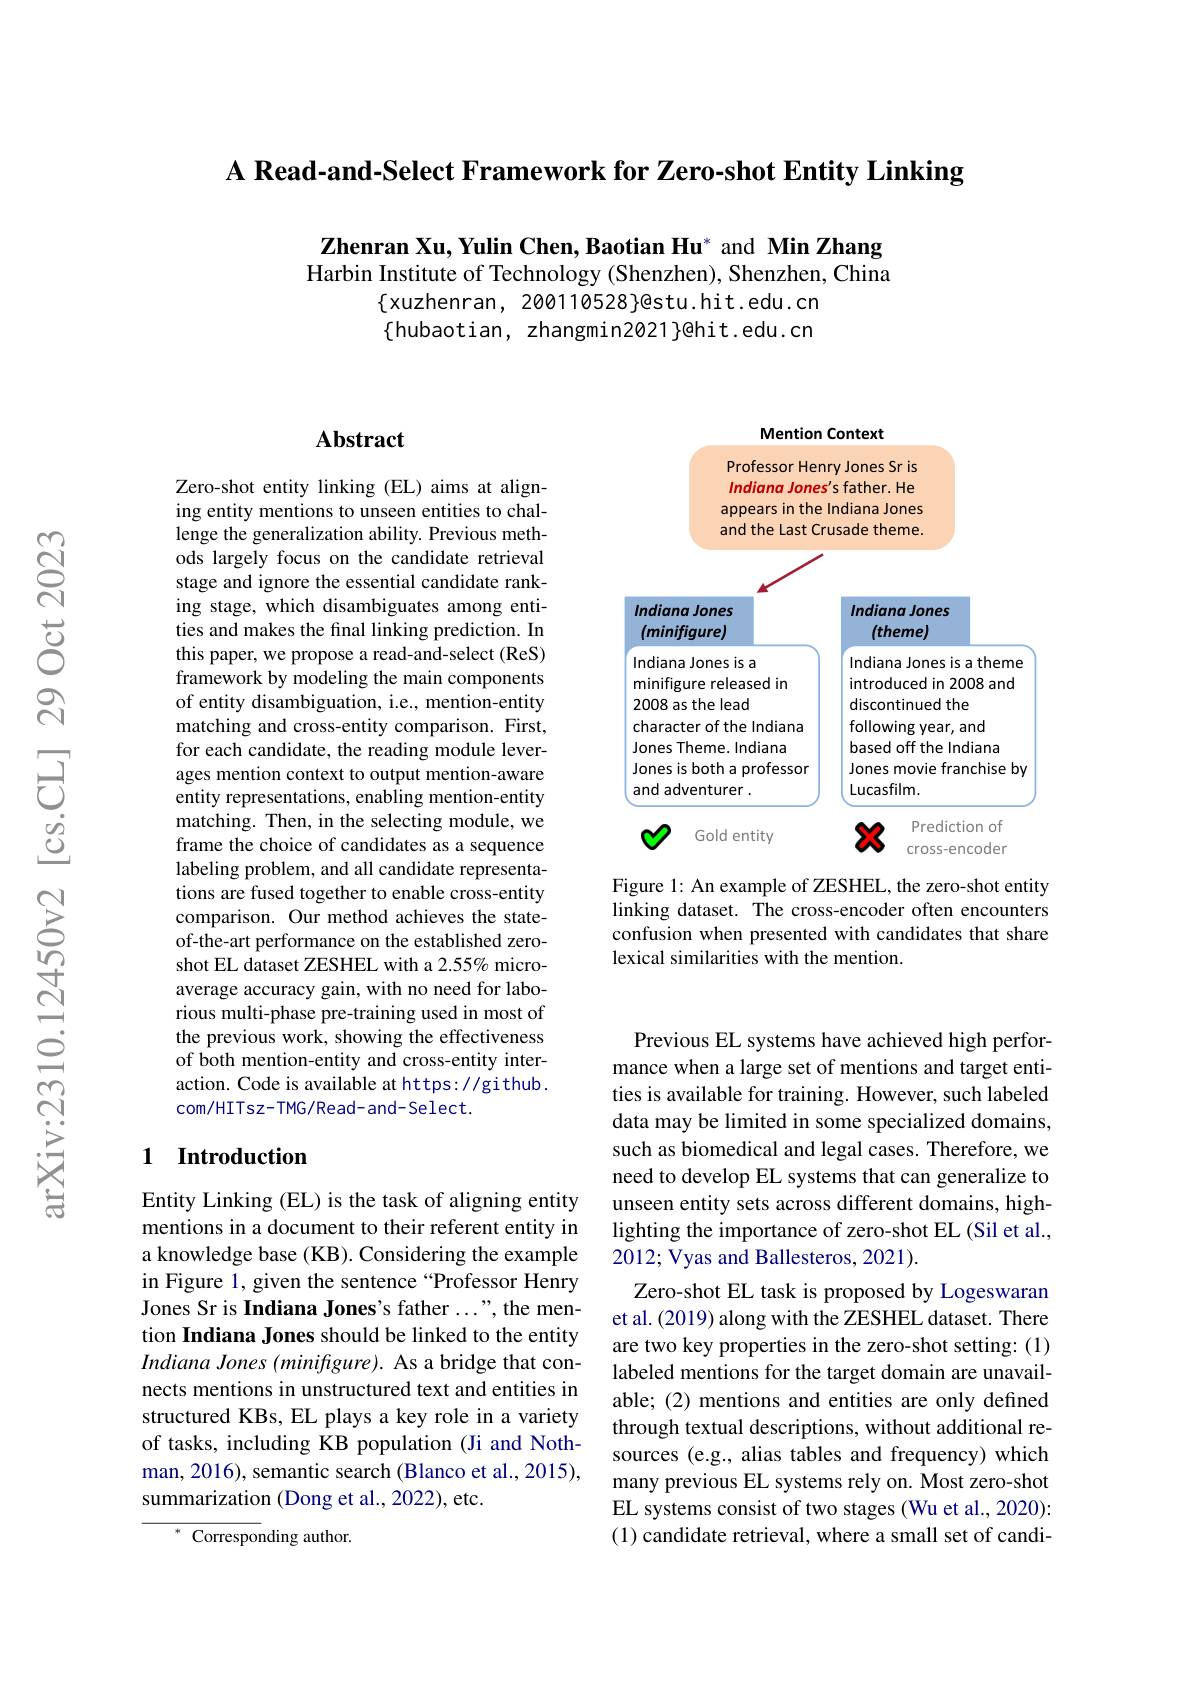
A Read-and-Select Framework for Zero-shot Entity Linking

Zhenran Xu, Yulin Chen, Baotian Hu* and Min Zhang Harbin Institute of Technology (Shenzhen), Shenzhen, China
$\{$xuzhenran, 200110528}@stu.hit.edu.cn $\{$hubaotian, zhangmin2021}ghit.edu.cn

<FigureHere>

Figure 1: An example of ZESHEL, the zero-shot entity linking dataset. The cross-encoder often encounters confusion when presented with candidates that share lexical similarities with the mention.

## $\mathbf{Abstract}$

Zero-shot entity linking (EL) aims at aligning entity mentions to unseen entities to challenge the generalization ability. Previous methods largely focus on the candidate retrieval stage and ignore the essential candidate ranking stage, which disambiguates among entities and makes the final linking prediction. In this paper, we propose a read-and-select (ReS) framework by modeling the main components of entity disambiguation, i.e., mention-entity matching and cross-entity comparison. First, for each candidate, the reading module leverages mention context to output mention-aware entity representations, enabling mention-entity matching. Then, in the selecting module, we frame the choice of candidates as a sequence labeling problem, and all candidate representations are fused together to enable cross-entity comparison. Our method achieves the stateof-the-art performance on the established zeroshot EL dataset ZESHEL with a 2.55% microaverage accuracy gain, with no need for laborious multi-phase pre-training used in most of the previous work, showing the effectiveness of both mention-entity and cross-entity interaction. Code is available at https: //github. com/HITsz- TMG/Read- and- Select.

### 1 $\textbf{Introduction}$

Entity Linking (EL) is the task of aligning entity mentions in a document to their referent entity in a knowledge base (KB). Considering the example in Figure 1, given the sentence“Professor Henry Jones Sr is Indiana Jones's father ...", the mention Indiana Jones should be linked to the entity Indiana Jones (minifigure). As a bridge that connects mentions in unstructured text and entities in structured KBs, EL plays a key role in a variety of tasks, including KB population (Ji and Nothman, 2016), semantic search (Blanco et al., 2015), summarization (Dong et al., 2022), etc.

Corresponding author.

Previous EL systems have achieved high performance when a large set of mentions and target entities is available for training. However, such labeled data may be limited in some specialized domains, such as biomedical and legal cases. Therefore, we need to develop EL systems that can generalize to unseen entity sets across different domains, highlighting the importance of zero-shot EL (Sil et al., 2012; Vyas and Ballesteros, 2021).
Zero-shot EL task is proposed by Logeswaran et al. (2019) along with the ZESHEL dataset. There are two key properties in the zero-shot setting: (1) labeled mentions for the target domain are unavailable; (2) mentions and entities are only defined through textual descriptions, without additional resources (e.g., alias tables and frequency) which many previous EL systems rely on. Most zero-shot EL systems consist of two stages (Wu et al., 2020): (1) candidate retrieval, where a small set of candi-